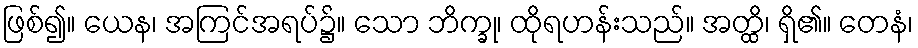
ဖြစ်၍။ ယေန၊ အကြင်အရပ်၌။ သော ဘိက္ခု၊ ထိုရဟန်းသည်။ အတ္ထိ၊ ရှိ၏။ တေနံ၊